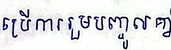
ប្រើការរួមបញ្ចូលគ្នា